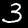
Label: 3